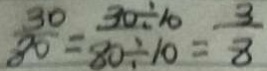
\frac { 3 0 } { 8 0 } = \frac { 3 0 \div 1 0 } { 8 0 \div 1 0 } = \frac { 3 } { 8 }